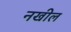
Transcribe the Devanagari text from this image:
नखील